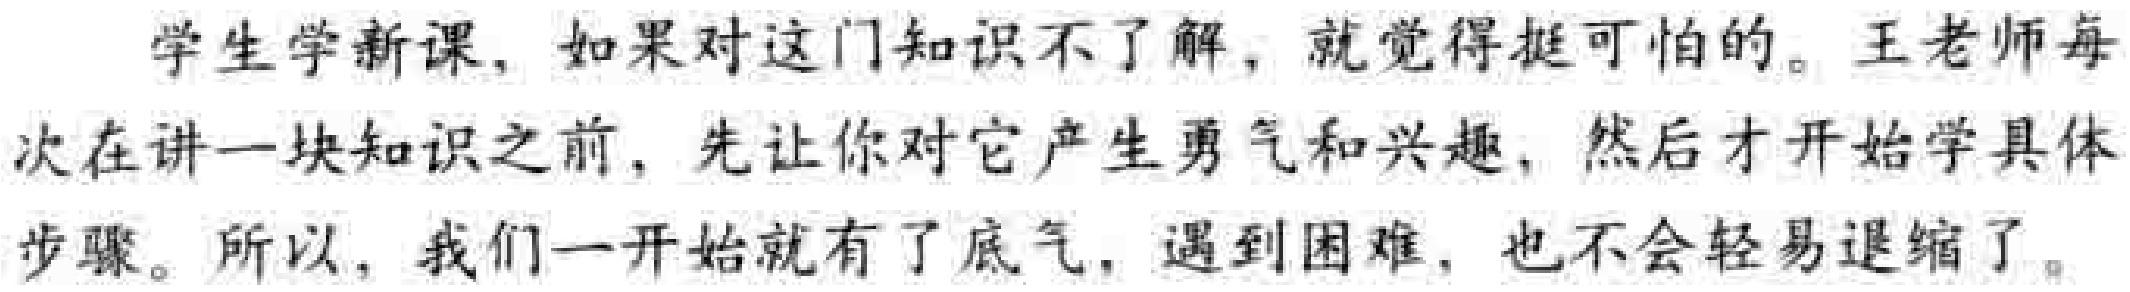
学生学新课，如果对这门知识不了解，就觉得挺可怕的。王老师每次在讲一块知识之前，先让你对它产生勇气和兴趣，然后才开始学具体步骤。所以，我们一开始就有了底气，遇到困难，也不会轻易退缩了。